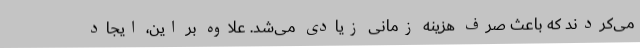
می‌کردند که باعث صرف هزینه زمانی زیادی می‌شد. علاوه بر این، ایجاد